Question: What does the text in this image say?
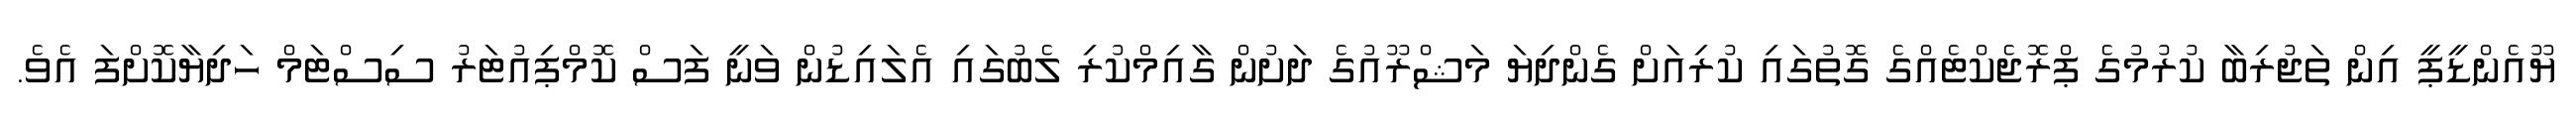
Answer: ޔޫއެންޑީޕީ އިން ތަޖުރިބާ ކުރުމުގެ ޕްރޮޖެކްޓެއްގެ ގޮތުގައި ކުރިއަށް ގެންދިޔަ މަޝްރޫއުގެ ދަށުން ގާއިމްކުރި ލެބުގައި އެލައިޑުން ވަނީ ފަސް ކޮމްޕިއުޓަރު ސިސްޓަމް ހަދިޔާކޮށްފަ އެވެ.